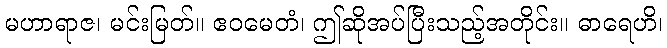
မဟာရာဇ၊ မင်းမြတ်။ ဧဝမေတံ၊ ဤဆိုအပ်ပြီးသည့်အတိုင်း။ ဓာရေဟိ၊